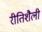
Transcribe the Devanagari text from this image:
रीतिशैली